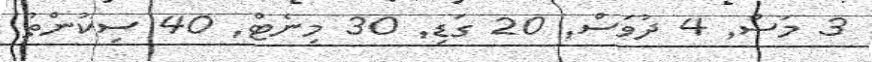
3 މަސް